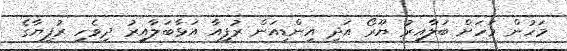
މަހުން މަހަށް ބަލާއިރު ޔޫރޯ އަދި އިންޑިއަން ރުޕީއާ އަޅާބަލާއިރު ދިވެހި ރުފިޔާގެ